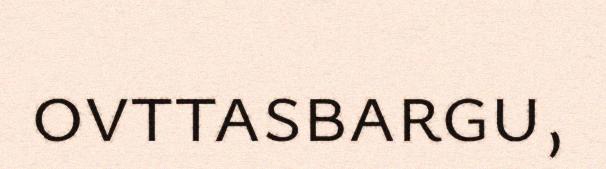
ovttasbargu,